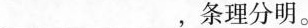
___，条理分明。